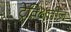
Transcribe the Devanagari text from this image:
ट्रेक्क्षितीज